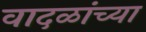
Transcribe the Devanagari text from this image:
वादळांच्या